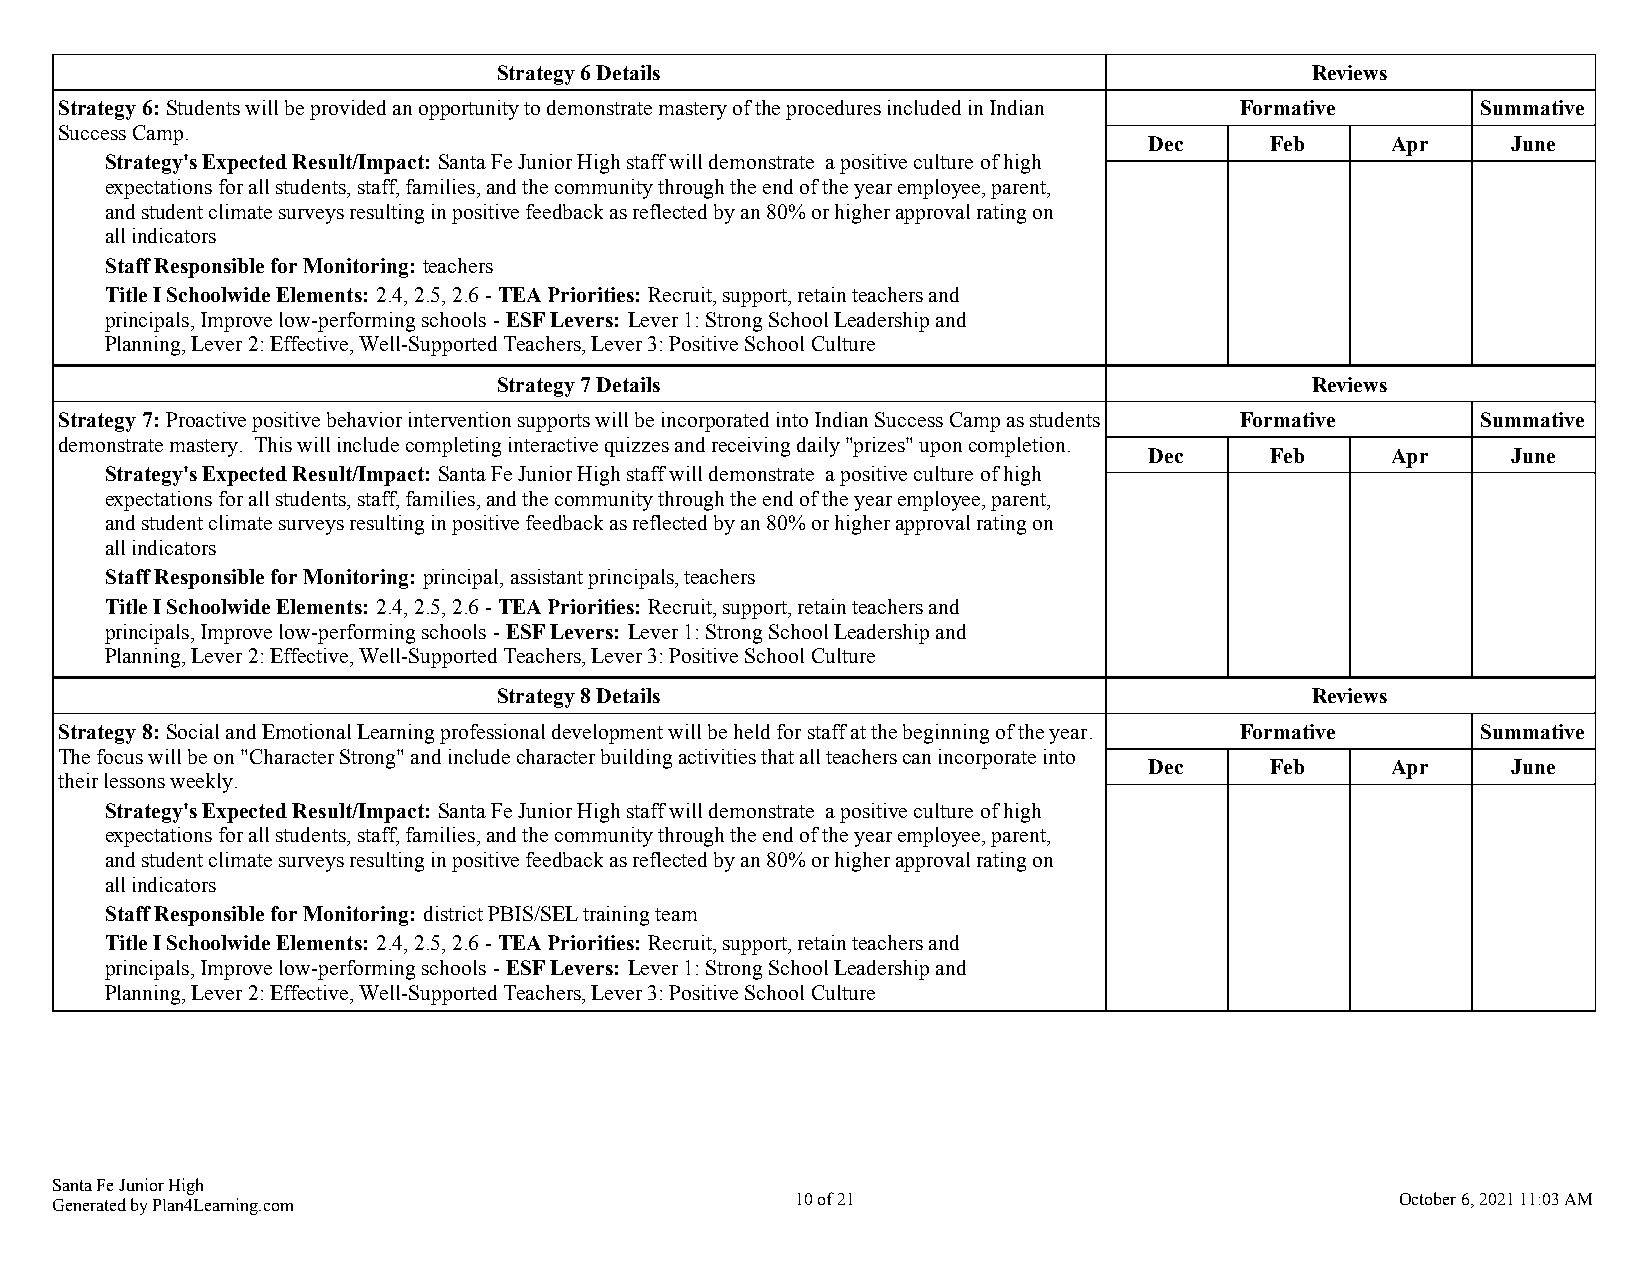
Strategy 6 Details                                    Reviews
 Strategy 6: Students will be provided an opportunity to demonstrate mastery of the procedures included in Indian Formative Summative
 Success Camp.
 Dec     Feb     Apr     June
 Strategy's Expected Result/Impact: Santa Fe Junior High staff will demonstrate a positive culture of high
 expectations for all students, staff, families, and the community through the end of the year employee, parent,
 and student climate surveys resulting in positive feedback as reflected by an 80% or higher approval rating on
 all indicators
 Staff Responsible for Monitoring: teachers
 Title I Schoolwide Elements: 2.4, 2.5, 2.6 - TEA Priorities: Recruit, support, retain teachers and
 principals, Improve low-performing schools - ESF Levers: Lever 1: Strong School Leadership and
 Planning, Lever 2: Effective, Well-Supported Teachers, Lever 3: Positive School Culture
 Strategy 7 Details                                    Reviews
 Strategy 7: Proactive positive behavior intervention supports will be incorporated into Indian Success Camp as students Formative Summative
 demonstrate mastery. This will include completing interactive quizzes and receiving daily "prizes" upon completion.
 Dec     Feb     Apr     June
 Strategy's Expected Result/Impact: Santa Fe Junior High staff will demonstrate a positive culture of high
 expectations for all students, staff, families, and the community through the end of the year employee, parent,
 and student climate surveys resulting in positive feedback as reflected by an 80% or higher approval rating on
 all indicators
 Staff Responsible for Monitoring: principal, assistant principals, teachers
 Title I Schoolwide Elements: 2.4, 2.5, 2.6 - TEA Priorities: Recruit, support, retain teachers and
 principals, Improve low-performing schools - ESF Levers: Lever 1: Strong School Leadership and
 Planning, Lever 2: Effective, Well-Supported Teachers, Lever 3: Positive School Culture
 Strategy 8 Details                                    Reviews
 Strategy 8: Social and Emotional Learning professional development will be held for staff at the beginning of the year. Formative Summative
 The focus will be on "Character Strong" and include character building activities that all teachers can incorporate into
 Dec     Feb     Apr     June
 their lessons weekly.
 Strategy's Expected Result/Impact: Santa Fe Junior High staff will demonstrate a positive culture of high
 expectations for all students, staff, families, and the community through the end of the year employee, parent,
 and student climate surveys resulting in positive feedback as reflected by an 80% or higher approval rating on
 all indicators
 Staff Responsible for Monitoring: district PBIS/SEL training team
 Title I Schoolwide Elements: 2.4, 2.5, 2.6 - TEA Priorities: Recruit, support, retain teachers and
 principals, Improve low-performing schools - ESF Levers: Lever 1: Strong School Leadership and
 Planning, Lever 2: Effective, Well-Supported Teachers, Lever 3: Positive School Culture
 Santa Fe Junior High
 Generated by Plan4Learning.com                    10 of 21                                October 6, 2021 11:03 AM